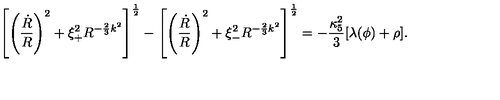
\left[ \left( { \frac { \dot { R } } { R } } \right) ^ { 2 } + \xi _ { + } ^ { 2 } R ^ { - { \frac { 2 } { 3 } } k ^ { 2 } } \right] ^ { \frac { 1 } { 2 } } - \left[ \left( { \frac { \dot { R } } { R } } \right) ^ { 2 } + \xi _ { - } ^ { 2 } R ^ { - { \frac { 2 } { 3 } } k ^ { 2 } } \right] ^ { \frac { 1 } { 2 } } = - { \frac { \kappa _ { 5 } ^ { 2 } } { 3 } } [ \lambda ( \phi ) + \rho ] .